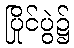
ပြိုင်ပွဲ၌